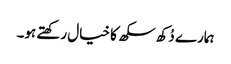
ہمارے دُکھ سکھ کا خیال رکھتے ہو۔